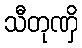
သီတုဏှိ